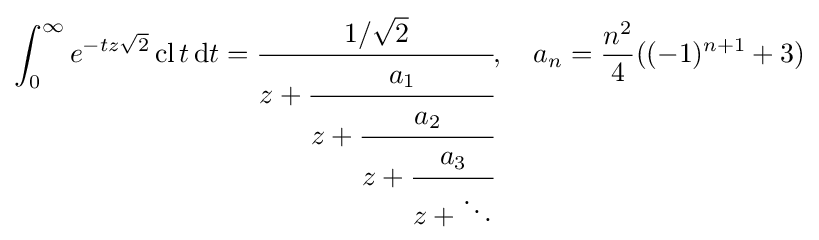
\int _{0}^{\infty }e^{-tz{\sqrt {2}}}\operatorname {cl} t\,\mathrm {d} t={\cfrac {1/{\sqrt {2}}}{z+{\cfrac {a_{1}}{z+{\cfrac {a_{2}}{z+{\cfrac {a_{3}}{z+\ddots }}}}}}}},\quad a_{n}={\frac {n^{2}}{4}}((-1)^{n+1}+3)